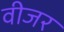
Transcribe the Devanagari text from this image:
वीजर